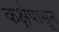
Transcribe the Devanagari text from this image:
कक्षेपासून